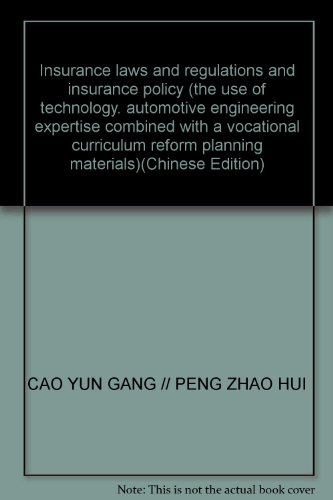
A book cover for Insurance laws and regulations and insurance policy (the use of technology. automotive engineering expertise combined with a vocational curriculum reform planning materials)(Chinese Edition); CAO YUN GANG // PENG ZHAO HUI; Engineering & Transportation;